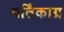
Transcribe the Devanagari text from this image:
वर्तिंकाग्र